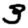
Digit: 3